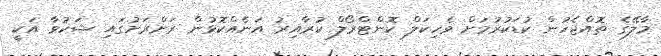
މާލޭގެ ތޮއްޖެހުން ކުޑަކުރުމަށް ވެހިކަލް ކޮންޓްރޯލް ކުރާއިރު އަނެއްކޮޅުން ރަށްރަށުގައި ޝަކުވާ އަކީ